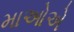
માઓએ